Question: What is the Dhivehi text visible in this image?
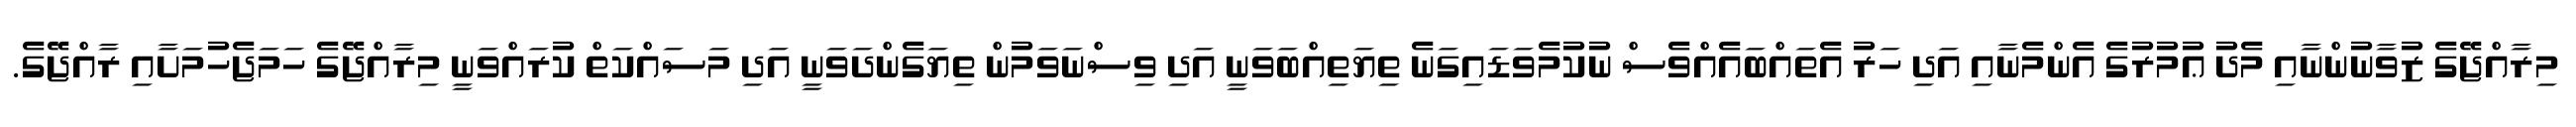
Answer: މިރާއްޖޭގެ ޒުވާނުންނާއި މެދު ޢުމުރުގެ އެންމެނާއި އަދި ހަރު އެތައްބައެއްވެސް ނުކުމެވަޑައިގަނެ ތިޔަތިއްބަވަނީ އަދި ވިސްނަވަމުން ތިޔަގެންދަވަނީ އަދި މަސައްކަތް ކުރައްވަނީ މިރާއްޖޭގެ ހަމަޖެހުމަށާއި ރާއްޖޭގެ.